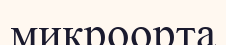
микроорта